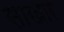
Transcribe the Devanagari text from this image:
साखार